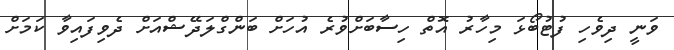
ވަނީ ދިވެހި ފުޓުބޯޅަ މިހާރު އޮތް ހިސާބަށްވުރެ އުހަށް ބަންގްލަދޭޝްއަށް ދެވިފައިވާ ކަމަށް